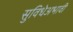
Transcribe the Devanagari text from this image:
सुविधेअभावी